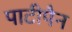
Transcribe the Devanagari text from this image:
पाटीपैन